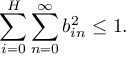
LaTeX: \sum _ { i = 0 } ^ { H } \sum _ { n = 0 } ^ { \infty } b _ { i n } ^ { 2 } \le 1 .